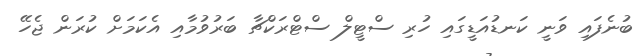
ބުނެފައި ވަނީ ކަނޑުއަޑީގައި ހުރި ސްޓީލް ސްޓްރަކްޗާ ބަރުވުމާއި އެކަމަށް ކުރަން ޖެހޭ